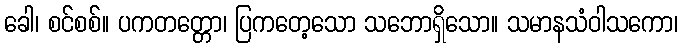
ခေါ၊ စင်စစ်။ ပကတတ္တော၊ ပြကတေ့သော သဘောရှိသော။ သမာနသံဝါသကော၊